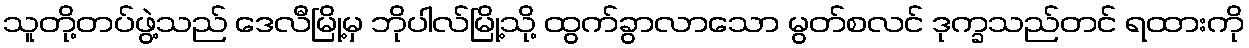
သူတို့တပ်ဖွဲ့သည် ဒေလီမြို့မှ ဘိုပါလ်မြို့သို့ ထွက်ခွာလာသော မွတ်စလင် ဒုက္ခသည်တင် ရထားကို